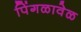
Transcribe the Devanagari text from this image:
पिंगळावेळ